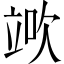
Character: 𥪅